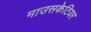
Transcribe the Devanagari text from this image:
माउसकेटियर